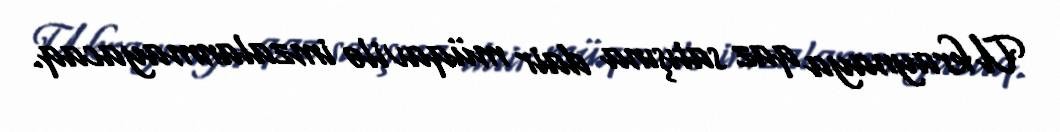
Ukraynaya qaz satışına dair müqavilə imzalanmayacaq.